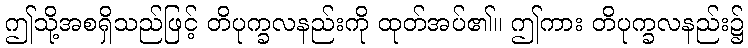
ဤသို့အစရှိသည်ဖြင့် တိပုက္ခလနည်းကို ထုတ်အပ်၏။ ဤကား တိပုက္ခလနည်း၌